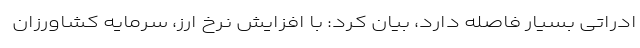
ادراتی بسیار فاصله دارد، بیان کرد: با افزایش نرخ ارز، سرمایه کشاورزان